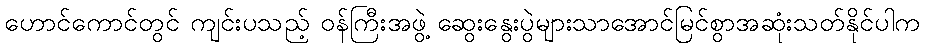
ဟောင်ကောင်တွင် ကျင်းပသည့် ဝန်ကြီးအဖွဲ့ ဆွေးနွေးပွဲများသာအောင်မြင်စွာအဆုံးသတ်နိုင်ပါက